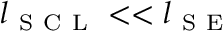
l _ { \mathrm { ~ S ~ C ~ L ~ } } < < l _ { \mathrm { ~ S ~ E ~ } }